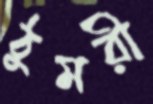
ঠুমরী